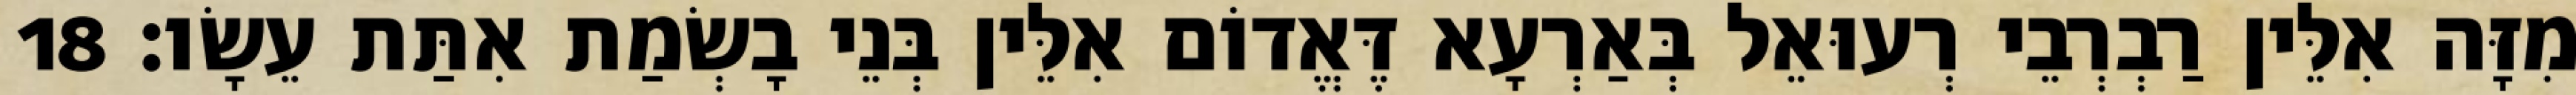
מִזָּה אִלֵּין רַבְרְבֵי רְעוּאֵל בְּאַרְעָא דֶּאֱדוֹם אִלֵּין בְּנֵי בָשְׂמַת אִתַּת עֵשָׂו׃ 18